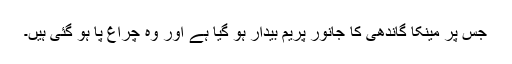
جس پر مینکا گاندھی کا جانور پریم بیدار ہو گیا ہے اور وہ چراغ پا ہو گئی ہیں۔